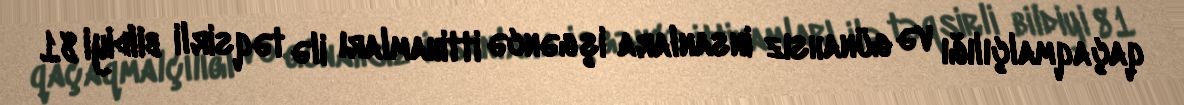
qaçaqmalçılığı və günahsız insanlara işgəncə ittihamları ilə təqsirli bildiyi 81